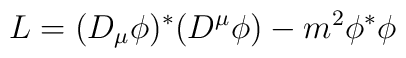
L=(D_{\mu}\phi)^*(D^{\mu}\phi)-m^2\phi^*\phi